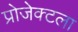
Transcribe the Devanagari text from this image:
प्रोजेक्टला